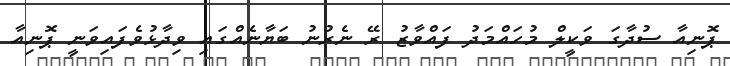
ޕޮނިއާ ސުދާގަ ވަކީލް މުހައްމަދު ފައްވާޒު ރޭ ނެރުނު ބަޔާނެއްގައި ވިދާޅުވެފައިވަނީ ޕޮނިއާ